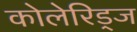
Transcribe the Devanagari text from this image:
कोलेरिड्ज